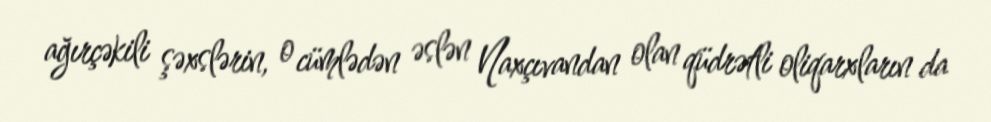
ağırçəkili şəxslərin, o cümlədən əslən Naxçıvandan olan qüdrətli oliqarxların da